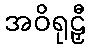
အဝိရုဠှီ